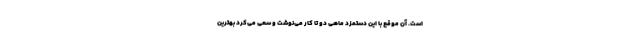
است. آن موقع با این دستمزد ماهی دو تا کار می‌نوشت و سعی می‌کرد بهترین